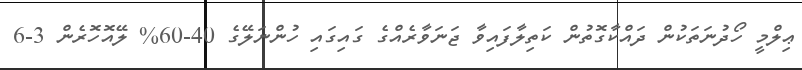
ޢިލްމީ ހޯދުނަތަކުން ދައްކާގޮތުން ކަތިލާފައިވާ ޖަނަވާރެއްގެ ގައިގައި ހުންނަލޭގެ 40-60% ލޭއޮހޮރެން 3-6